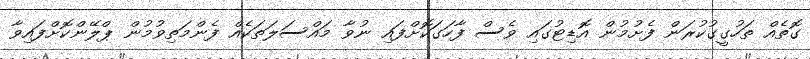
ގޮތެއް ތަހުގީގުކުރަން ފެށުމުން އޮޑިޓުގައި ވެސް ފާހަގަކޮށްފައި ނުވާ މައްސަލަތަކެއް ފެންމަތިވުމުން ޕްލޭންކޮށްފައިވާ